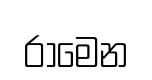
රාමෙන